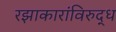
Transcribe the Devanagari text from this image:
रझाकारांविरुद्ध